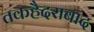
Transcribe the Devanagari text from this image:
तकहैदराबाद